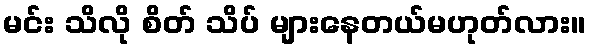
မင်း သိလို စိတ် သိပ် များနေတယ်မဟုတ်လား။